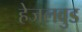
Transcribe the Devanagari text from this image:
हेजलवुड